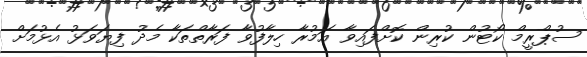
ސުޕްރީމް ކޯޓުން ކުރިން ކޮށްފައިވާ އަމުރާ ހިލާފުވާ ފަރާތްތަކާ މެދު ފިޔަވަޅު އެޅުމަށް